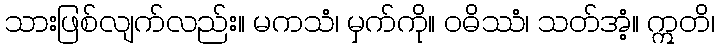
သားဖြစ်လျက်လည်း။ မကသံ၊ မှက်ကို။ ဝဓိဿံ၊ သတ်အံ့။ ဣတိ၊